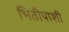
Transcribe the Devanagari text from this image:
भितीपाशी